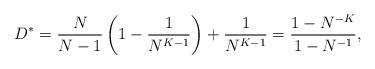
LaTeX: \begin{align*} D^* = \frac{N}{N-1}\left(1-\frac{1}{N^{K-1}}\right) + \frac{1}{N^{K-1}} =\frac{ 1 - N^{-K} }{ 1 - N^{-1} },\end{align*}